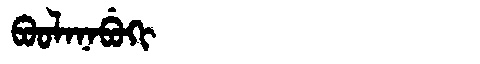
Manchu: ᠪᠣᠣᠯᠠᠨᠠᠪᡠᡴᡳ
Romanization: BOOLANABUKI